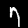
Digit: 7